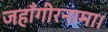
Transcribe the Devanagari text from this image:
जहाँगीरनामा।